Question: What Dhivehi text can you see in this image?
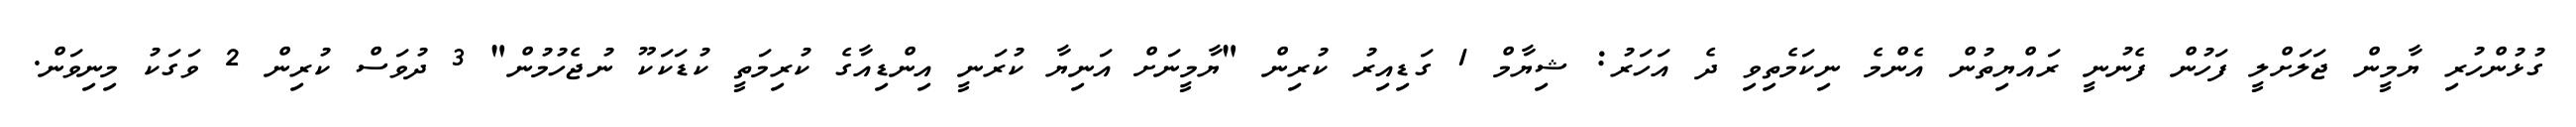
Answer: ގުޅުންހުރި ޔާމީން ޖަލަށްލީ ފަހުން ފެނުނީ ރައްޔިތުން އެންމެ ނިކަމެތިވި ދެ އަހަރު: ޝިޔާމް 1 ގަޑިއިރު ކުރިން "ޔާމީނަށް އަނިޔާ ކުރަނީ އިންޑިއާގެ ކުރިމަތީ ކުޑަކަކޫ ނުޖެހުމުން" 3 ދުވަސް ކުރިން 2 ވަގަކު މިނިވަން.